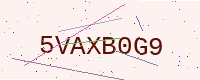
Text: 5VAXB0G9